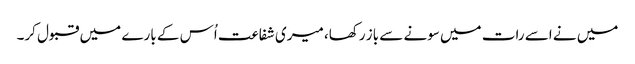
میں نے اسے رات میں سونے سے باز رکھا، میری شفاعت اُس کے بارے میں قبول کر۔